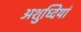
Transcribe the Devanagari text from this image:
अशुध्दियां